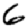
Digit: 6